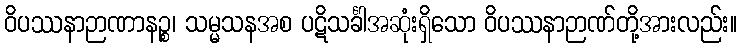
ဝိပဿနာဉာဏာနဉ္စ၊ သမ္မသနအစ ပဋိသင်္ခါအဆုံးရှိသော ဝိပဿနာဉာဏ်တို့အားလည်း။